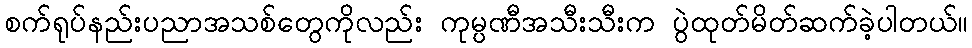
စက်ရုပ်နည်းပညာအသစ်တွေကိုလည်း ကုမ္ပဏီအသီးသီးက ပွဲထုတ်မိတ်ဆက်ခဲ့ပါတယ်။